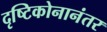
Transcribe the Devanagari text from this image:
दृष्टिकोनानंतर